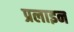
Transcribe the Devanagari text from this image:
प्रलाइन